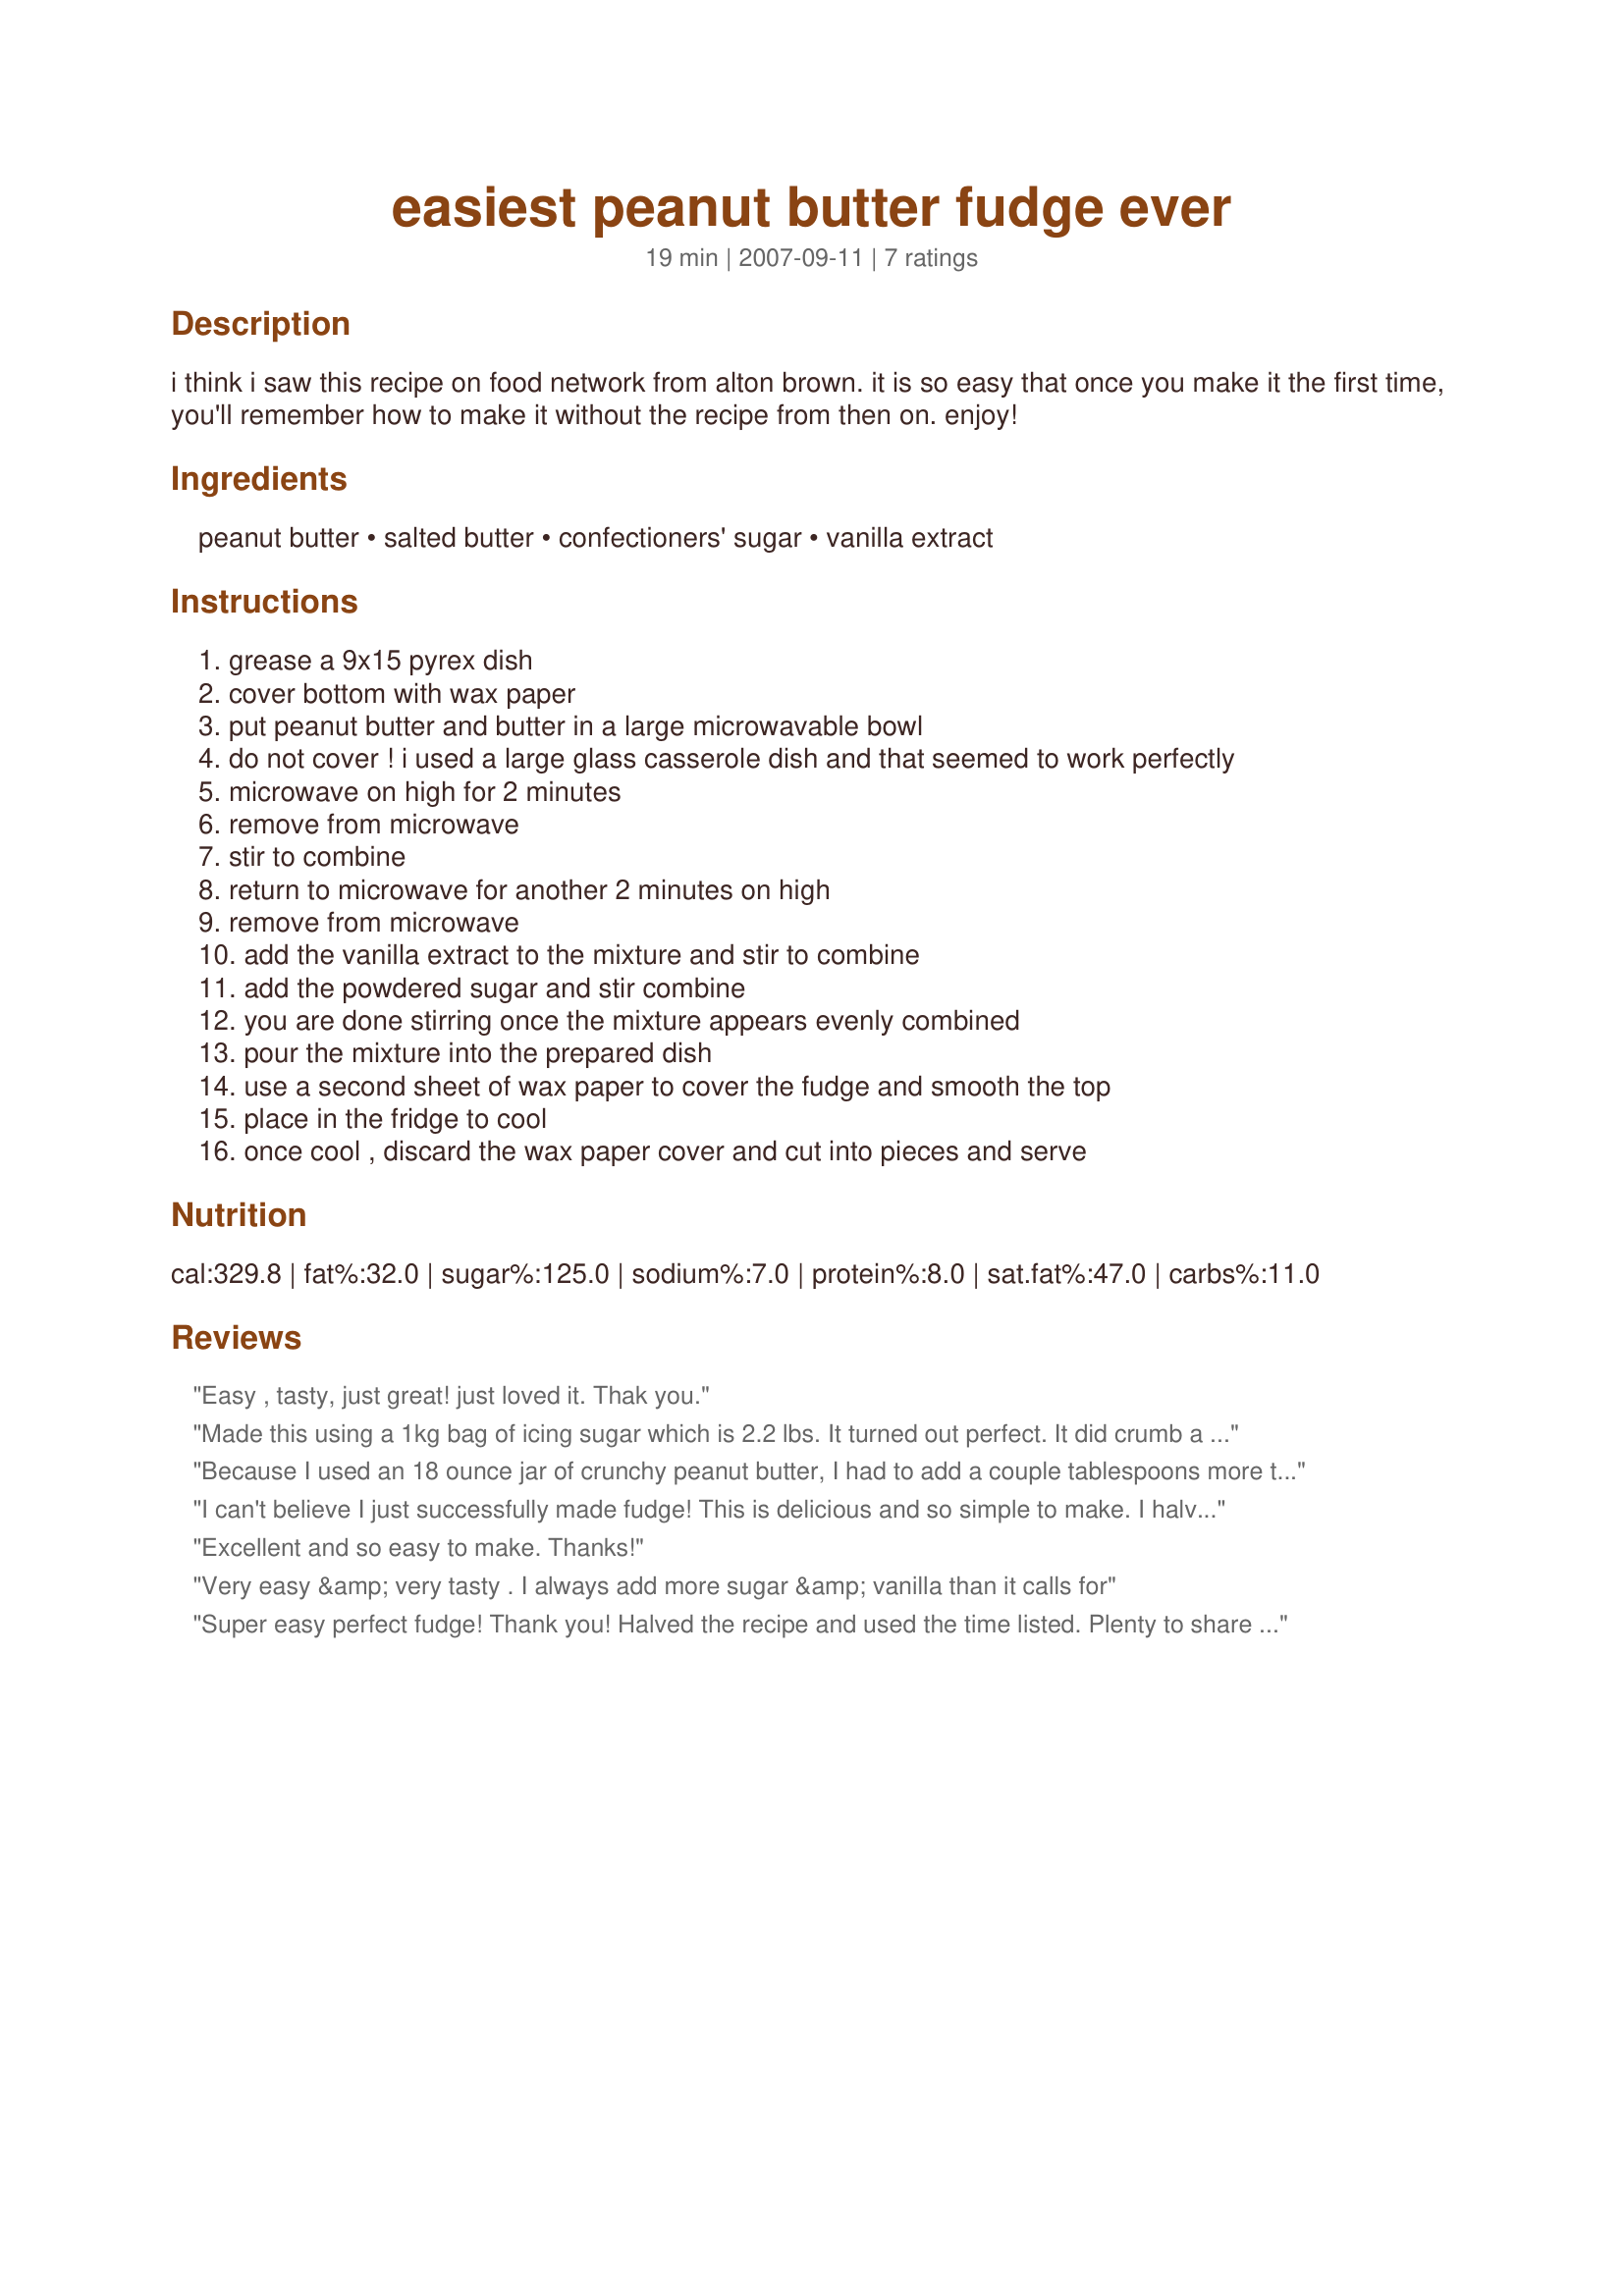
easiest peanut butter fudge ever
Preparation time: 19 minutes

i think i saw this recipe on food network from alton brown. it is so easy that once you make it the first time, you'll remember how to make it without the recipe from then on. enjoy!

Ingredients:
peanut butter, salted butter, confectioners' sugar, vanilla extract

Steps:
grease a 9x15 pyrex dish
cover bottom with wax paper
put peanut butter and butter in a large microwavable bowl
do not cover ! i used a large glass casserole dish and that seemed to work perfectly
microwave on high for 2 minutes
remove from microwave
stir to combine
return to microwave for another 2 minutes on high
remove from microwave
add the vanilla extract to the mixture and stir to combine
add the powdered sugar and stir combine
you are done stirring once the mixture appears evenly combined
pour the mixture into the prepared dish
use a second sheet of wax paper to cover the fudge and smooth the top
place in the fridge to cool
once cool , discard the wax paper cover and cut into pieces and serve

Reviews:
Easy , tasty, just great! just loved it. Thak you.
Made this using a 1kg bag of icing sugar which is 2.2 lbs. It turned out perfect. It did crumb a little, but that&#039;s probably the fault of the extra sugar. I made it for a church potluck and everyone loved it! Very creamy. Will be making again soon.
Because I used an 18 ounce jar of crunchy peanut butter, I had to add a couple tablespoons more than 2 lbs confectioners' sugar ~ I did not refrigerate ~ the fudge was cut after about 8 hours at room temperature. The fudge cuts well and is very forgiving ~ pieces can be reshaped with your fingers if it crumbs a little!
I can't believe I just successfully made fudge! This is delicious and so simple to make. I halved the recipe, but the microwave time was still spot on. Definitely a new go to recipe!
Excellent and so easy to make. Thanks!
Very easy &amp; very tasty . I always add more sugar &amp; vanilla than it calls for
Super easy perfect fudge! Thank you! Halved the recipe and used the time listed. Plenty to share and is smooth as silk!
